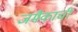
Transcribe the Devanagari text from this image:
जमैकाची